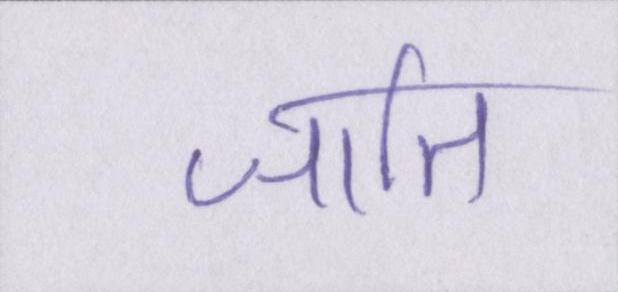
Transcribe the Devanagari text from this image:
जाति